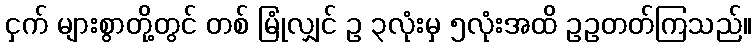
ငှက် များစွာတို့တွင် တစ် မြုံလျှင် ဥ ၃လုံးမှ ၅လုံးအထိ ဥဥတတ်ကြသည်။